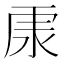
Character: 𱥽